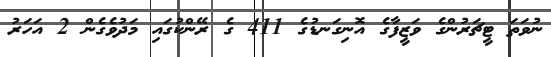
ނުވަތަ ޓީޗަރުންގެ ވަޒީފާގެ އޮނިގަނޑުގެ 411 ގެ ރޭންކުގައި މަދުވެގެން 2 އަހަރު